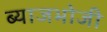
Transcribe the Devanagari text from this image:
ब्याजभोजी